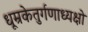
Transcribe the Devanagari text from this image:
धूम्रकेतुर्गणाध्यक्षो